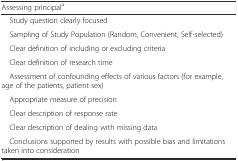
| <COLSPAN=2> Assessing principala |
 | --- | --- |
 | <COLSPAN=2> Study question clearly focused |
 | <COLSPAN=2> Sampling of Study Population (Random, Convenient, Self-selected) |
 | <COLSPAN=2> Clear definition of including or excluding criteria |
 | <COLSPAN=2> Clear definition of research time |
 | <COLSPAN=2> Assessment of confounding effects of various factors (for example, age of the patients, patient sex) |
 | <COLSPAN=2> Appropriate measure of precision |
 | <COLSPAN=2> Clear description of response rate |
 | <COLSPAN=2> Clear description of dealing with missing data |
 | <COLSPAN=2> Conclusions supported by results with possible bias and limitations taken into consideration |